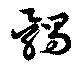
髑